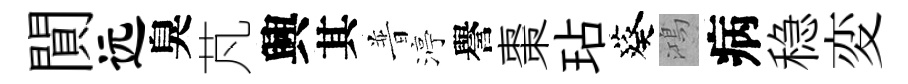
閴远臭芃興其普渟譽棗玷葵鴻病稳変